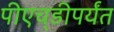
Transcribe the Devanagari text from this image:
पीएच्‌डीपर्यंत